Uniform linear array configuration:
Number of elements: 16
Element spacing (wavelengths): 0.5
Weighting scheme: kaiser
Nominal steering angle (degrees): -60
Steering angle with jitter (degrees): -58.099
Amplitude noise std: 0.05
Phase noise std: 0.05

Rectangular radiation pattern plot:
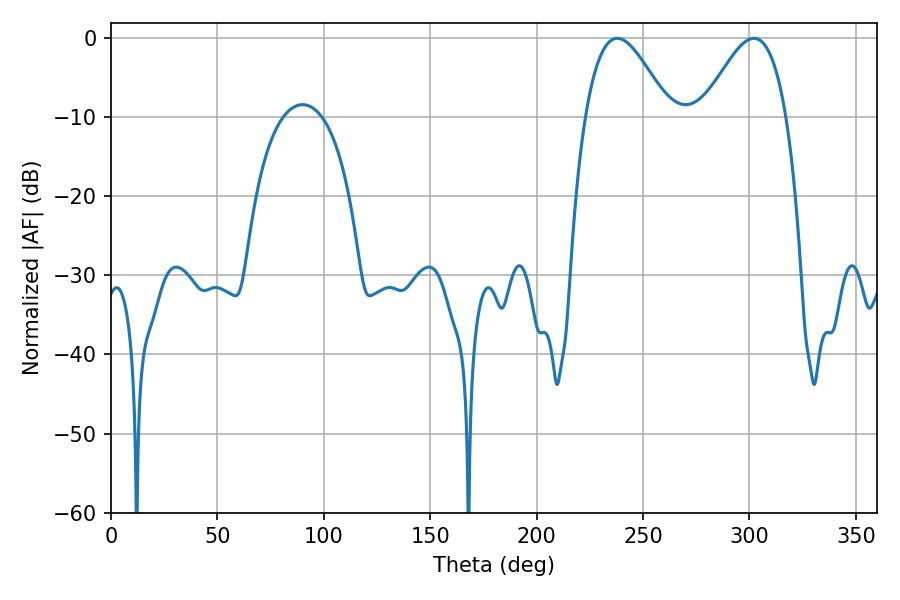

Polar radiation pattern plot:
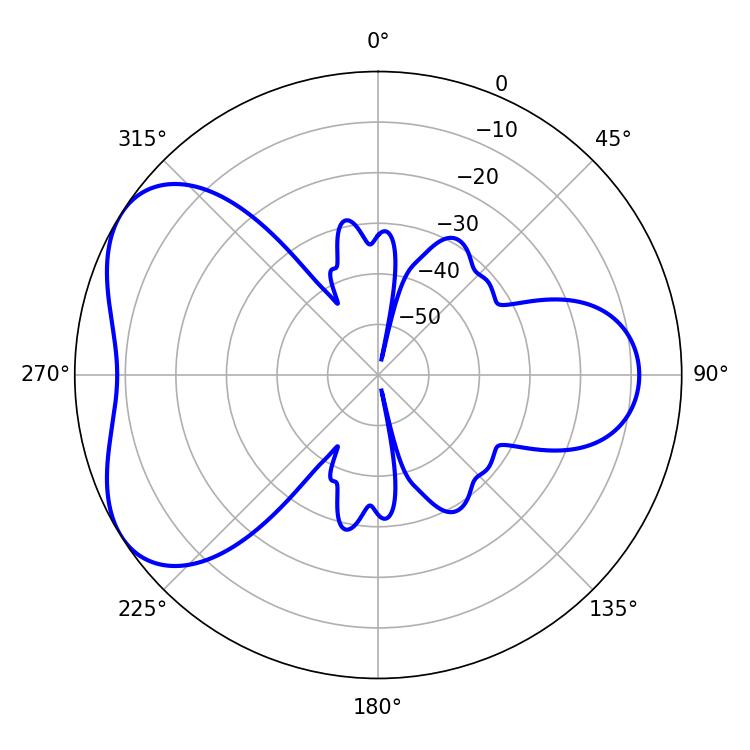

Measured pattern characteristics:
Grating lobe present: FALSE
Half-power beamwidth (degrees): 21.06
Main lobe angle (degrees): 237.96